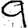
Digit: 9